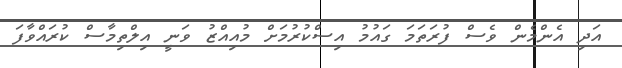
އަދި އެންމެން ވެސް ފުރަތަމަ ގައުމު އިސްކުރުމަށް މުއިއްޒު ވަނީ އިލްތިމާސް ކުރައްވާފަ